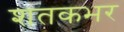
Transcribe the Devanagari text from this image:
शतकभर